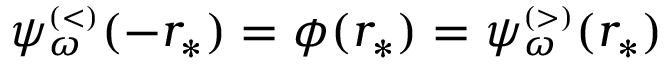
\psi _ { \omega } ^ { \scriptscriptstyle ( < ) } ( - r _ { * } ) = \phi ( r _ { * } ) = \psi _ { \omega } ^ { \scriptscriptstyle ( > ) } ( r _ { * } )